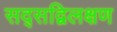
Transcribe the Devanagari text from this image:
सद्सद्विलक्षण